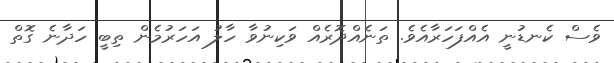
ވެސް ކެނޑުނީ އެއްފަހަރާއެވެ. ތަނެއްދޮރެއް ވަކިނުވާ ހާލު އަހަރުމެން ތިބީ ހަދާނެ ގޮތް